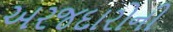
અરજદારોની